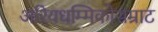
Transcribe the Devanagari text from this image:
अरियधम्मिकोसम्राट